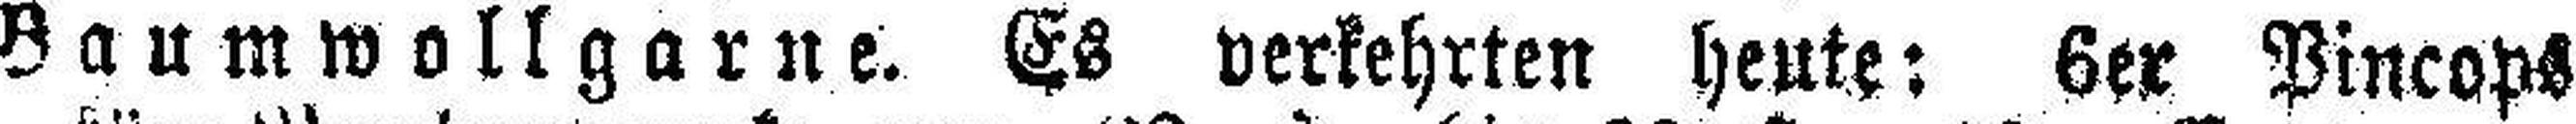
Baumwollgarne. Es verkehrten heute: 6er Pincops